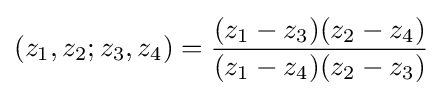
(z_{1},z_{2};z_{3},z_{4})={\frac {(z_{1}-z_{3})(z_{2}-z_{4})}{(z_{1}-z_{4})(z_{2}-z_{3})}}